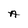
Character: A